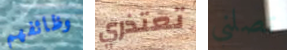
وظائفهم تعتذري تصلني